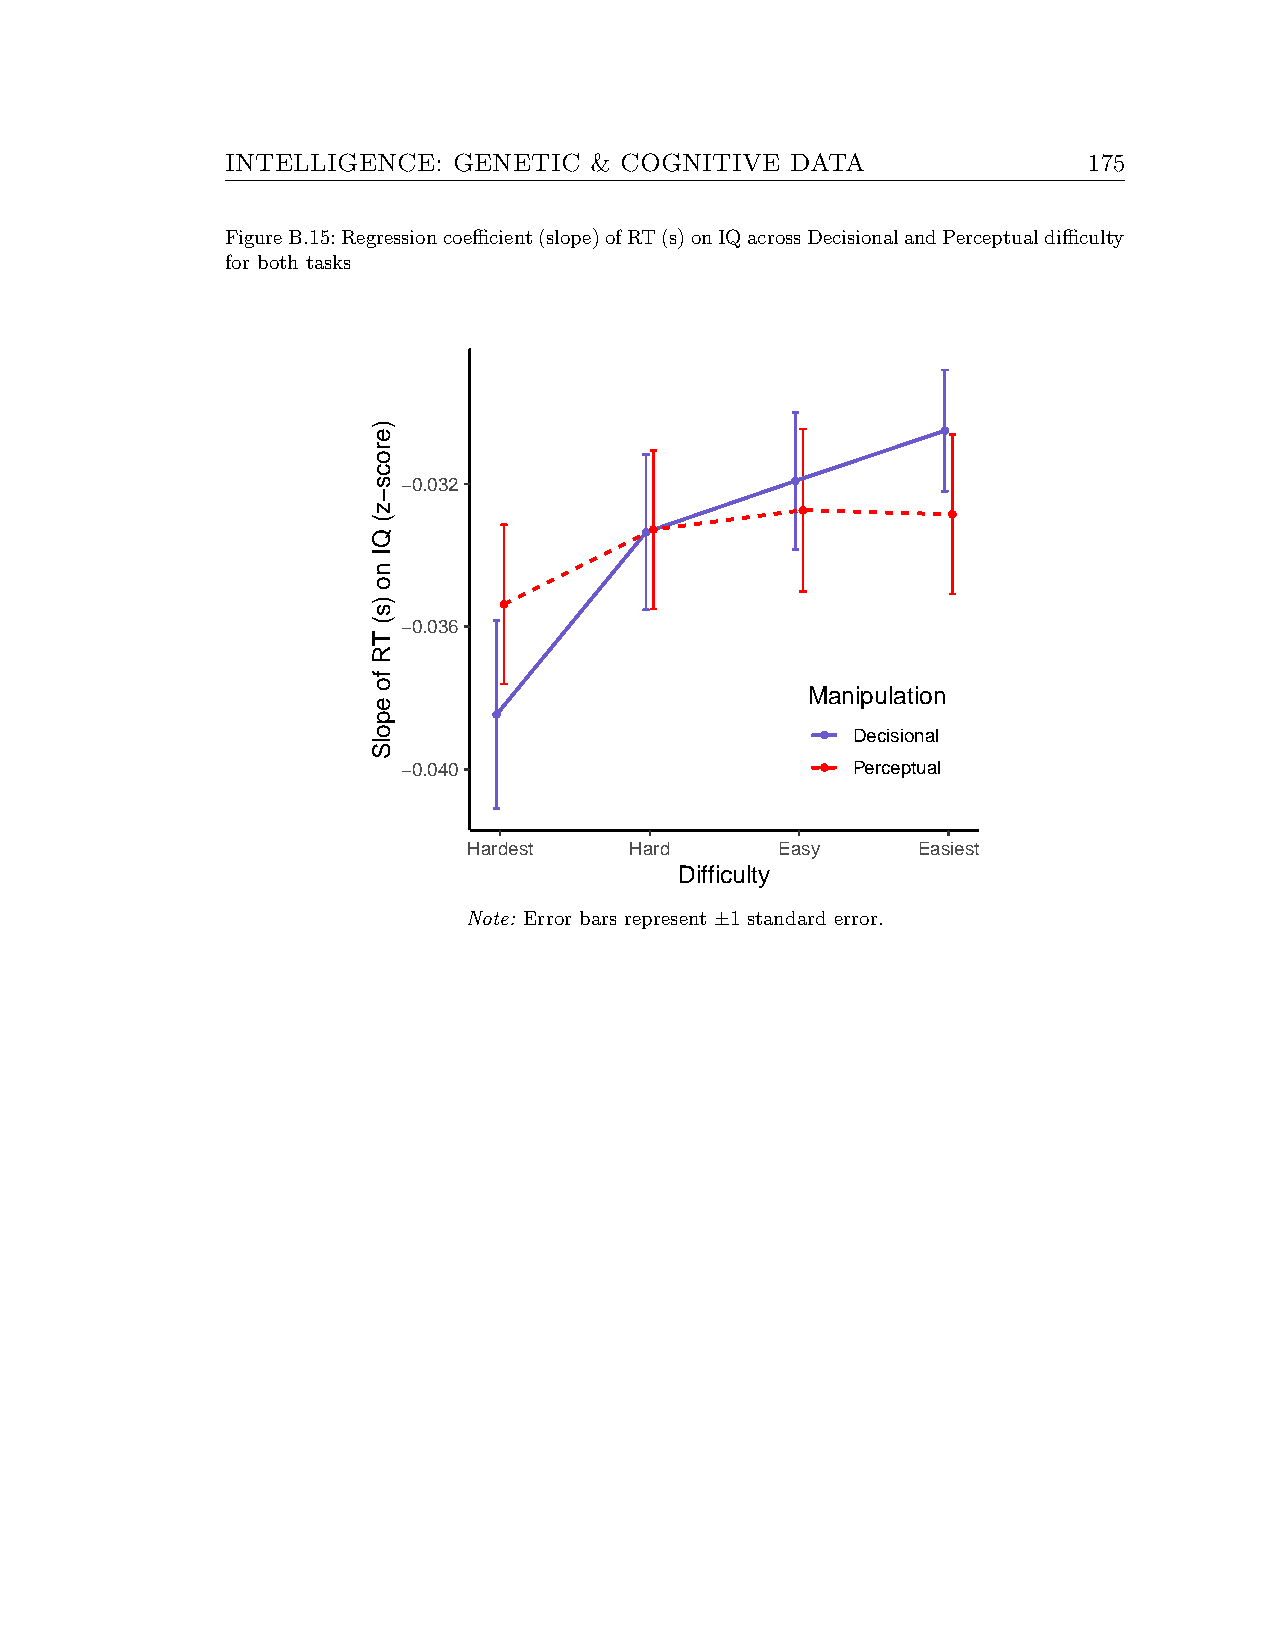
INTELLIGENCE:  GENETIC  & COGNITIVE  DATA                175
 FigureB.15:Regressioncoefficient(slope)ofRT(s)onIQacrossDecisionalandPerceptualdifficulty
 for both tasks
 −0.032
 −0.036
 Manipulation
 Decisional
 −0.040                       Perceptual
 Hardest    Hard      Easy     Easiest
 Difficulty
 Note: Error bars represent ±1 standard error.
 )erocs−z(
 QI
 no
 )s(
 TR
 fo
 epolS